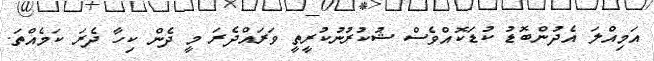
އަމިއްލަ އެދުންބޮޑު ކުޑަކޮއްވެސް ޝުކުރުނުކުރީތީ ވަރައްދެރަ މީ ދެން ކިހާ ދެރަ ކަމެއްތަ.